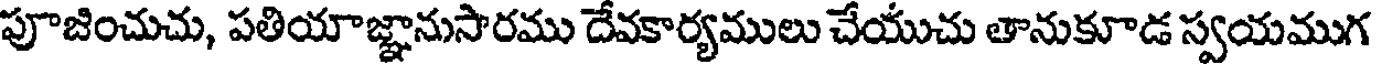
పూజించుచు, పతియాజ్ఞానుసారము దేవకార్యములు చేయుచు తానుకూడ స్వయముగ